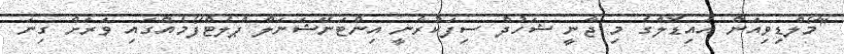
"މޯލްޑިވިއަން އައިޑޮލްގެ މި ޖާނީ ޝަހުދް ސިފަކުރާނީ އިންޓަނޭޝަނަލް ޕްލެޓްފޯމެއްގައި ވަރަށް ގިނަ